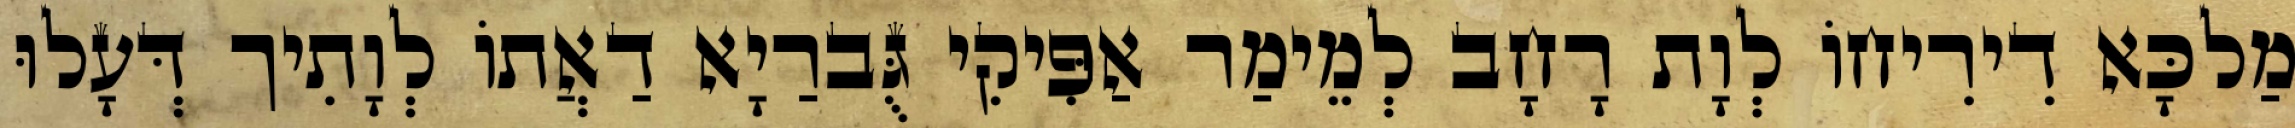
מַלכָּא דִירִיחוֹ לְוָת רָחָב לְמֵימַר אַפִּיקִי גֻּברַיָא דַאֲתוֹ לְוָתִיך דְּעָלוּ